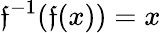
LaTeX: \mathfrak{f}^{-1}(\mathfrak{f}(x))=x